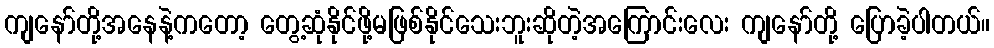
ကျနော်တို့အနေနဲ့ကတော့ တွေ့ဆုံနိုင်ဖို့မဖြစ်နိုင်သေးဘူးဆိုတဲ့အကြောင်းလေး ကျနော်တို့ ပြောခဲ့ပါတယ်။